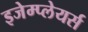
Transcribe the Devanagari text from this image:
इजेम्प्लेयर्स